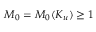
M _ { 0 } = M _ { 0 } ( K _ { u } ) \geq 1